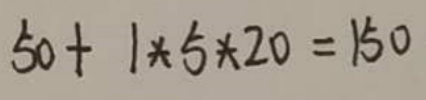
\[50 + 1\times5\times20 = 150\]